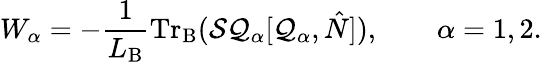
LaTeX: W_{\alpha}=-\frac{1}{L_{\mathrm{B}}}\mathrm{Tr}_{\mathrm{B}}({\cal S}{\cal Q}_{\alpha}[{\cal Q}_{\alpha},\hat{N}]),\qquad\alpha=1,2.